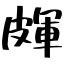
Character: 皹